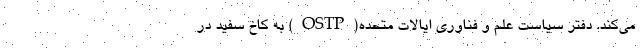
می‌کند. دفتر سیاست علم و فناوری ایالات متحده(OSTP) به کاخ سفید در